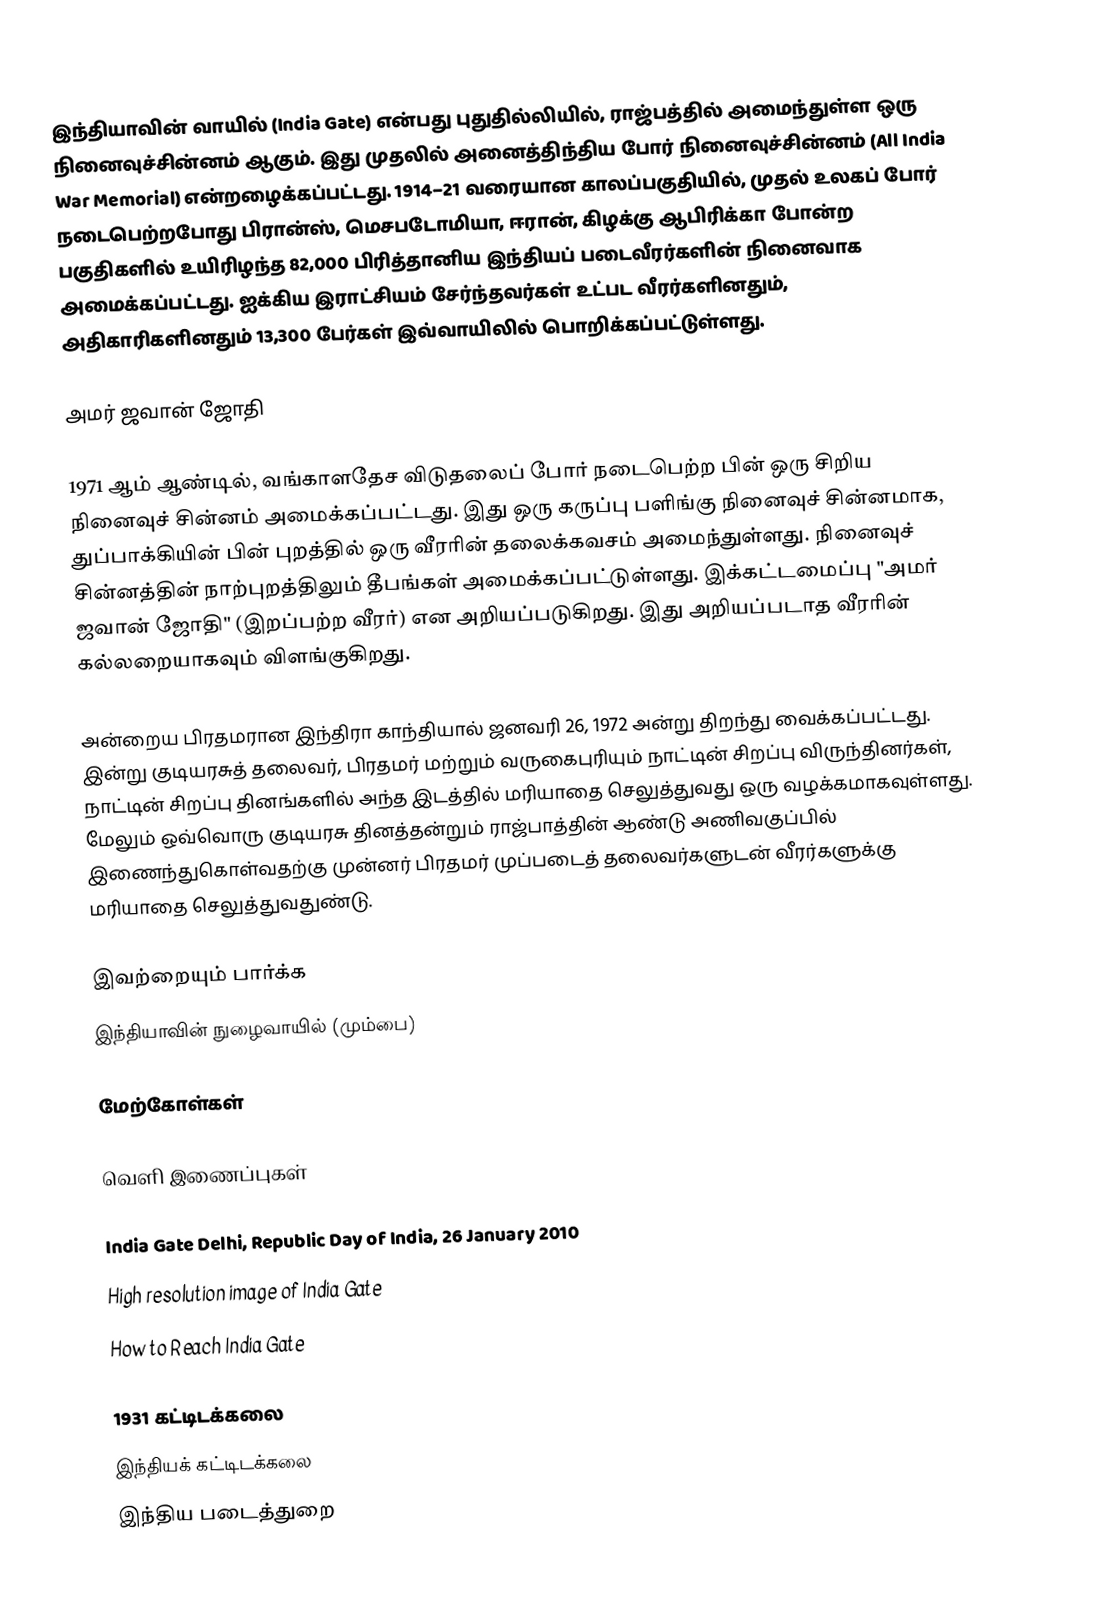
இந்தியாவின் வாயில் (India Gate) என்பது புதுதில்லியில், ராஜ்பத்தில் அமைந்துள்ள ஒரு நினைவுச்சின்னம் ஆகும். இது முதலில் அனைத்திந்திய போர் நினைவுச்சின்னம் (All India War Memorial) என்றழைக்கப்பட்டது. 1914–21 வரையான காலப்பகுதியில், முதல் உலகப் போர் நடைபெற்றபோது பிரான்ஸ், மெசபடோமியா, ஈரான், கிழக்கு ஆபிரிக்கா போன்ற பகுதிகளில் உயிரிழந்த 82,000 பிரித்தானிய இந்தியப் படைவீரர்களின் நினைவாக அமைக்கப்பட்டது. ஐக்கிய இராட்சியம் சேர்ந்தவர்கள் உட்பட வீரர்களினதும், அதிகாரிகளினதும் 13,300 பேர்கள் இவ்வாயிலில் பொறிக்கப்பட்டுள்ளது.

அமர் ஜவான் ஜோதி

1971 ஆம் ஆண்டில், வங்காளதேச விடுதலைப் போர் நடைபெற்ற பின் ஒரு சிறிய நினைவுச் சின்னம் அமைக்கப்பட்டது. இது ஒரு கருப்பு பளிங்கு நினைவுச் சின்னமாக, துப்பாக்கியின் பின் புறத்தில் ஒரு வீரரின் தலைக்கவசம் அமைந்துள்ளது. நினைவுச் சின்னத்தின் நாற்புறத்திலும் தீபங்கள் அமைக்கப்பட்டுள்ளது. இக்கட்டமைப்பு "அமர் ஜவான் ஜோதி" (இறப்பற்ற வீரர்) என அறியப்படுகிறது. இது அறியப்படாத வீரரின் கல்லறையாகவும் விளங்குகிறது.

அன்றைய பிரதமரான இந்திரா காந்தியால் ஜனவரி 26, 1972 அன்று திறந்து வைக்கப்பட்டது. இன்று குடியரசுத் தலைவர், பிரதமர் மற்றும் வருகைபுரியும் நாட்டின் சிறப்பு விருந்தினர்கள், நாட்டின் சிறப்பு தினங்களில் அந்த இடத்தில் மரியாதை செலுத்துவது ஒரு வழக்கமாகவுள்ளது. மேலும் ஒவ்வொரு குடியரசு தினத்தன்றும் ராஜ்பாத்தின் ஆண்டு அணிவகுப்பில் இணைந்துகொள்வதற்கு முன்னர் பிரதமர் முப்படைத் தலைவர்களுடன் வீரர்களுக்கு மரியாதை செலுத்துவதுண்டு.

இவற்றையும் பார்க்க
இந்தியாவின் நுழைவாயில் (மும்பை)

மேற்கோள்கள்

வெளி இணைப்புகள்

 India Gate Delhi, Republic Day of India, 26 January 2010
 High resolution image of India Gate
 How to Reach India Gate

1931 கட்டிடக்கலை
இந்தியக் கட்டிடக்கலை
இந்திய படைத்துறை